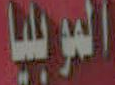
الموبليا